Scottish Leaving Certificate Examination, 1959
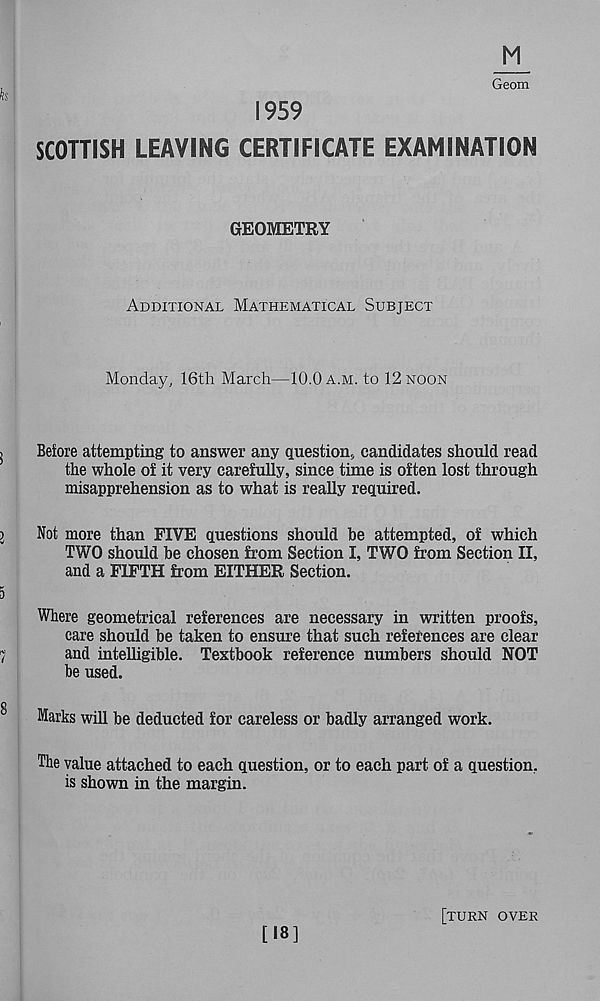
M
Geom
1959
SCOTTISH LEAVING CERTIFICATE EXAMINATION
GEOMETRY
Additional Mathematical Subject
Monday, 16th March—10.0 a.m. to 12 noon
Before attempting to answer any question, candidates should read
the whole of it very carefully, since time is often lost through
misapprehension as to what is really required.
Not more than FIVE questions should be attempted, of which
TWO should be chosen from Section I, TWO from Section II,
and a FIFTH from EITHER Section.
Where geometrical references are necessary in written proofs,
care should be taken to ensure that such references are clear
and intelligible. Textbook reference numbers should NOT
be used.
Marks will be deducted for careless or badly arranged work.
The value attached to each question, or to each part of a question,
is shown in the margin.
[18]
[turn over